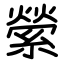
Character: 縈